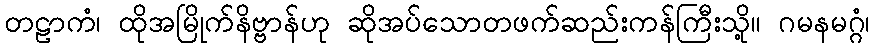
တဠာကံ၊ ထိုအမြိုက်နိဗ္ဗာန်ဟု ဆိုအပ်သောတဖက်ဆည်းကန်ကြီးသို့။ ဂမနမဂ္ဂံ၊